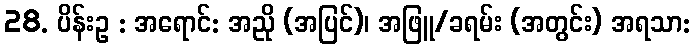
28. ပိန်းဥ : အရောင်: အညို (အပြင်)၊ အဖြူ/ခရမ်း (အတွင်း) အရသာ: